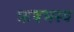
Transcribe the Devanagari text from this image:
ऋषभस्य